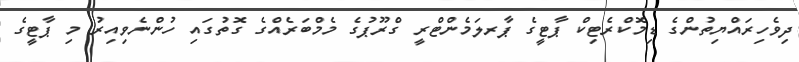
ދިވެހިރައްޔިތުންގެ ޑިމޮކްރެޓިކް ޕާޓީގެ ޕާރލަމެންޓްރީ ގްރޫޕުގެ މެމްބަރެއްގެ ގޮތުގައި ހުންނެވިއިރު މި ޕާޓީގެ